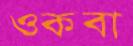
ওকবা